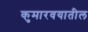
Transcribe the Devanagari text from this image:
कुमारवयातील